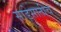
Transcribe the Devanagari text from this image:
साडेसातीचे